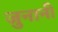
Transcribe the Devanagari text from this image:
जुनानी